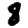
Digit: 8